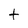
Character: t